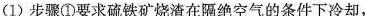
(1)步骤①要求硫铁矿烧渣在隔绝空气的条件下冷却，